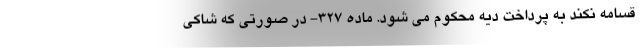
قسامه نکند به پرداخت دیه محکوم می شود. ماده ۳۲۷- در صورتی که شاکی